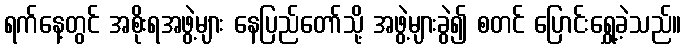
ရက်နေ့တွင် အစိုးရအဖွဲ့များ နေပြည်တော်သို့ အဖွဲ့များခွဲ၍ စတင် ပြောင်းရွှေ့ခဲ့သည်။